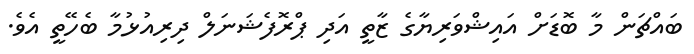
ބައްޗަން މާ ބޮޑަށް އައިޝްވަރިޔާގެ ޒާތީ އަދި ޕްރޮފެޝަނަލް ދިރިއުޅުމާ ބެހޭތީ އެވެ.